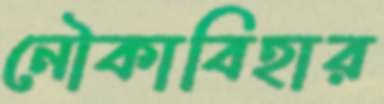
নৌকাবিহার